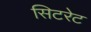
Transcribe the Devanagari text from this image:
सिटरेट